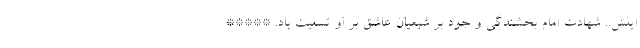
ایلش.. شهادت امام بخشندگی و جود بر شیعیان عاشق بر او تسلیت باد. *****